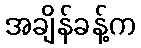
အချိန်ခန့်က